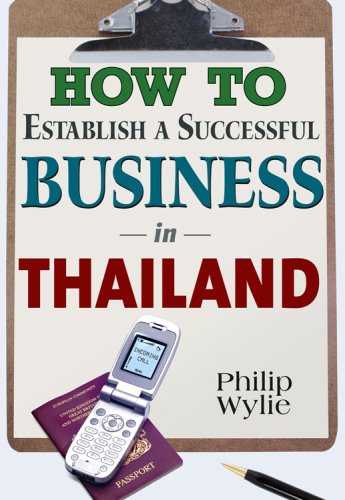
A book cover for How to Establish a Successful Business in Thailand; Philip Wylie; Travel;